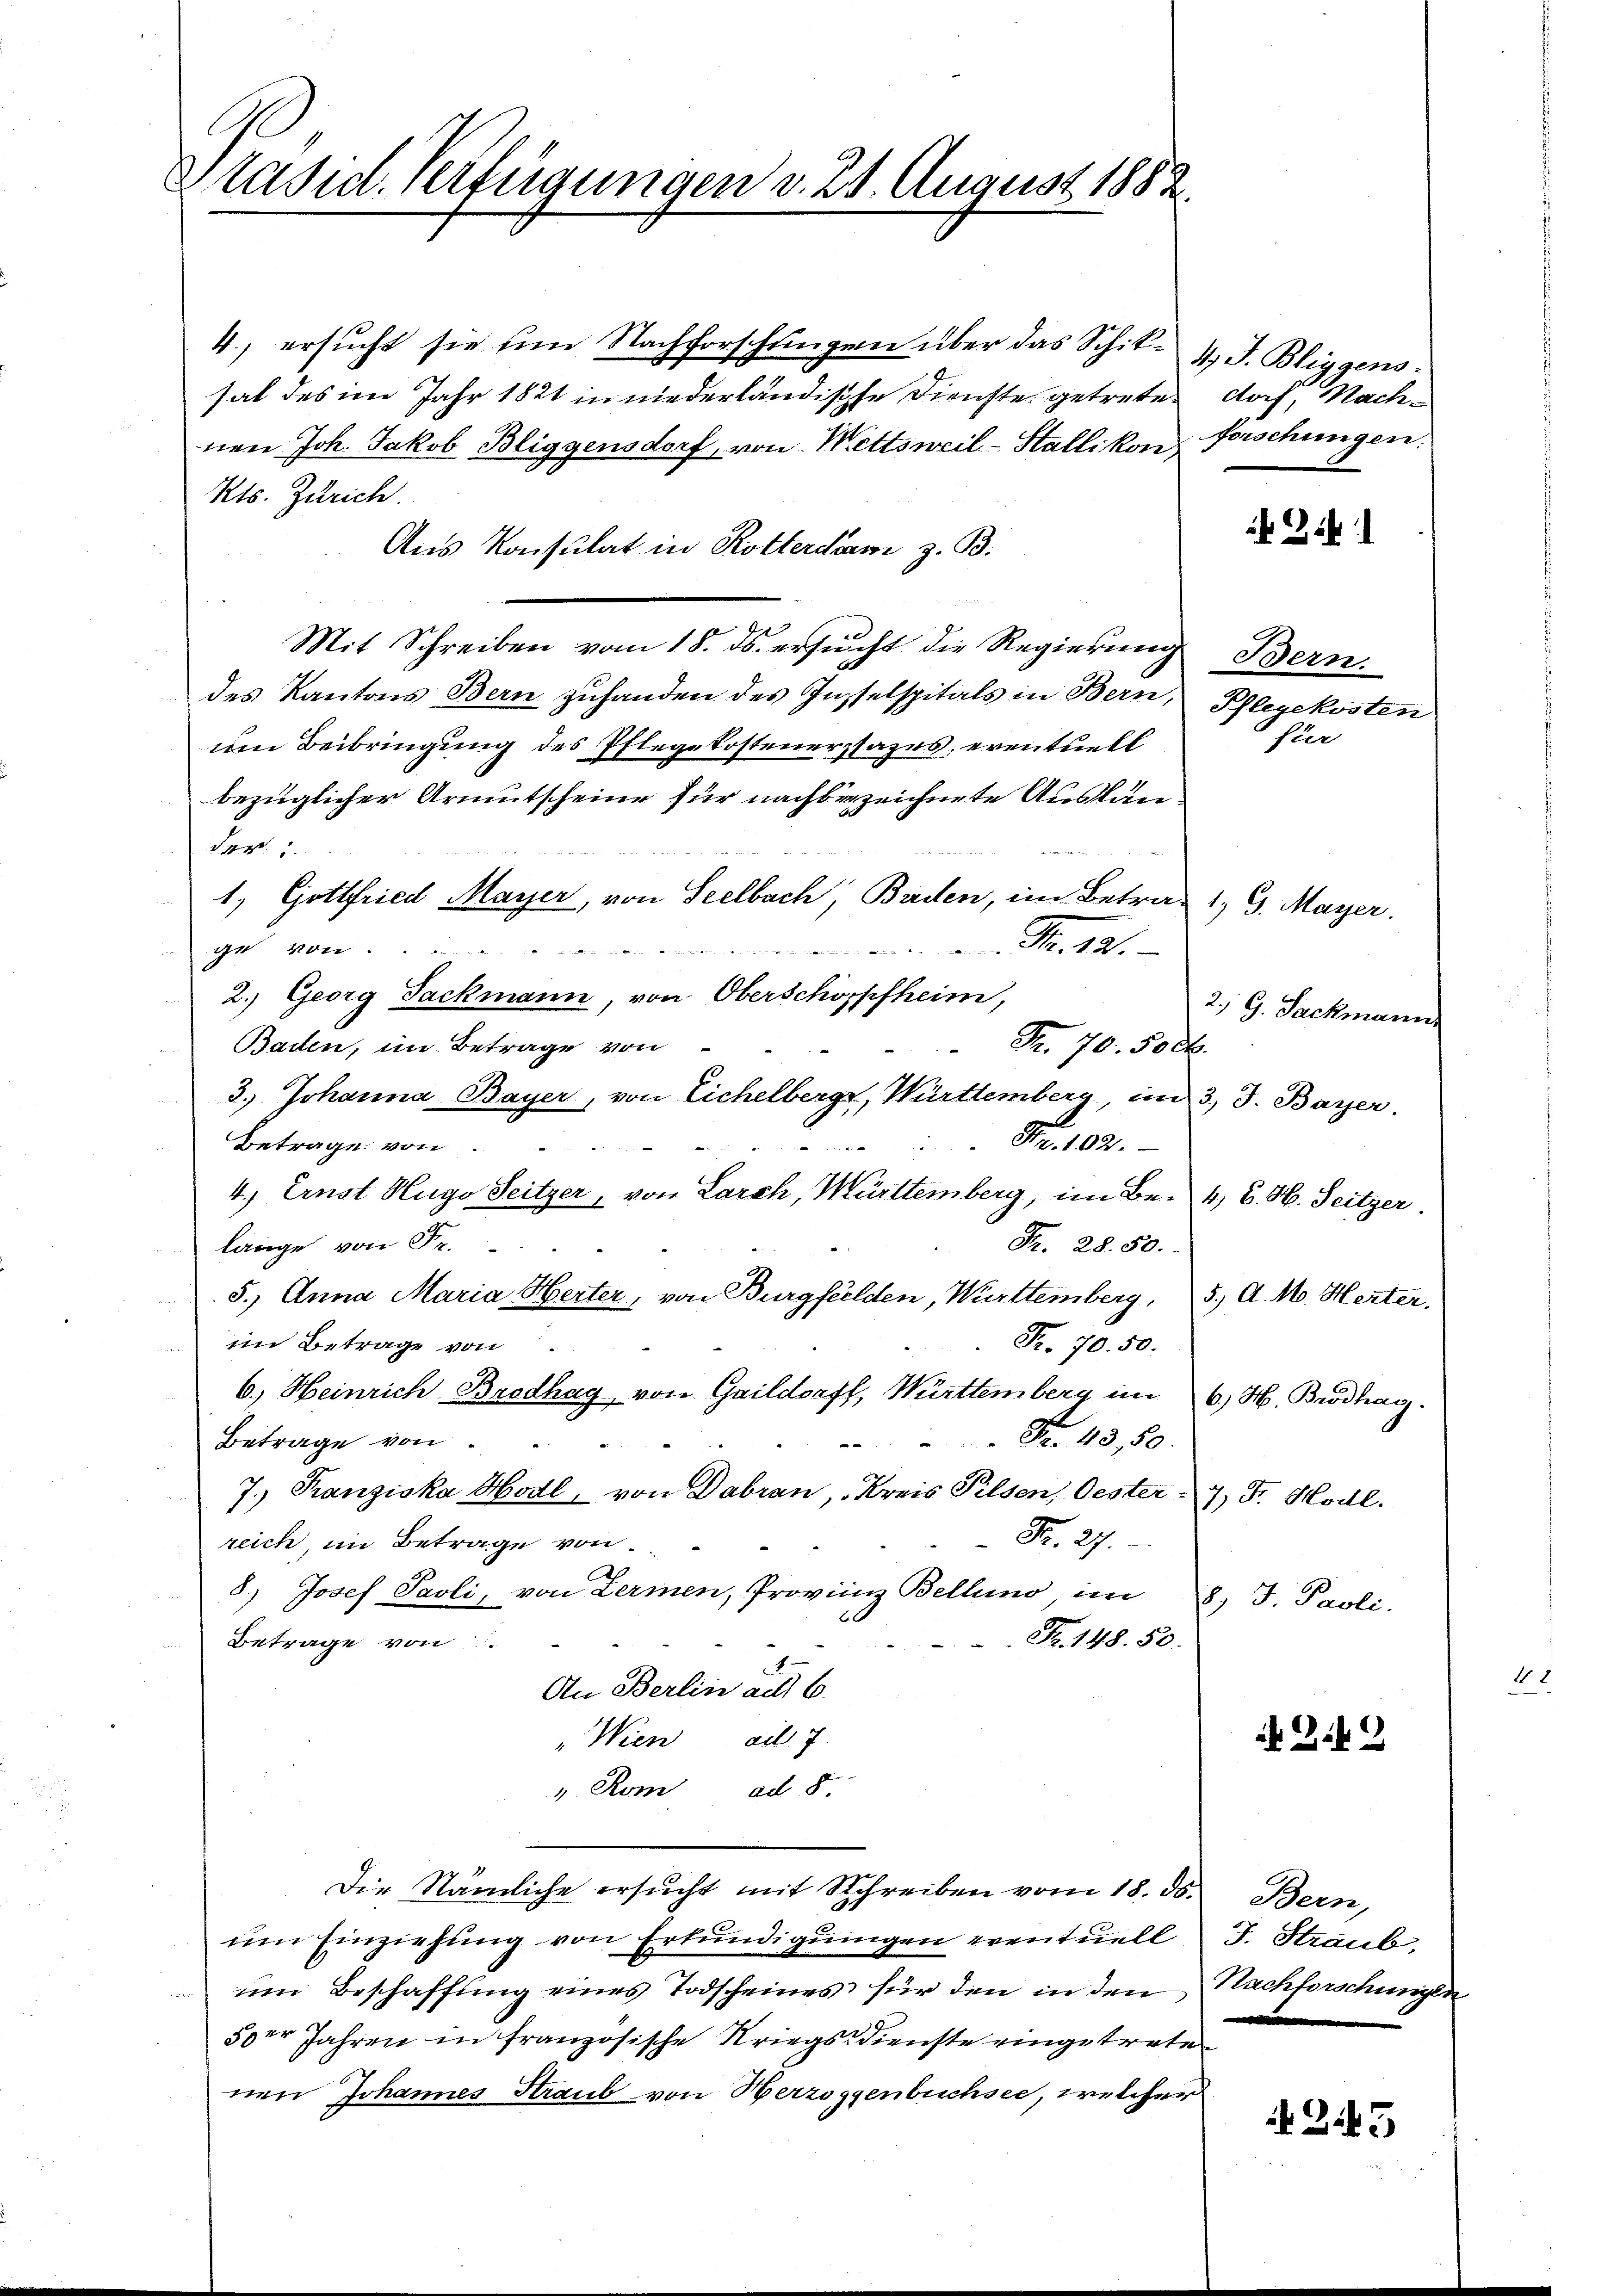
Itasid. Verfügungen v. 21. August 1882.

4., ersŭcht sie im Nachforschŭngen über das Schit- 4.) J. Bliggens-
sal des im Jahr 1821 in niederländische Dienste getreten doch, Nachnen Joh. Jakob Bliggensdorf, von Wettsweil-Hallikon Forschungen.
Kts. Zürich.
Aus Konsulat in Rotterdam z. B.
Mit Schreiben vom 18. ds. ersucht die Regierung Bern.
des Kantons Bern zuhanden des Insselspitals in Bern, Pflegekosten
um Beibringung des Pflegekostenerstages, eventuell
bezüglicher Armutscheine für nachbezeichnete Auslän¬
S. M.
1, Gottfried Mayer, von Seelbach, Baden, im Betrag 1) G. Mayer.
M. 18.
ge von
we in einer ein, dass es er die
2.) Georg Fackmann, von Oberschöppfheim,
Baden, im Betrage von
Fr. 70. 500.
3.) Johanna Bayer, von Eichelberg, Württemberg, im 3. J. Bayer.
Nr. 102.
.
Betrage von
4.) Ernst Hugo Seitzer, von Larch, Württemberg, im Be- 4, C. H. Seitzer.
lange von Fr.
Fr. 28. 50.
5.) Anna Maria Herter, von Burgfelden, Württemberg, 5. d. M. Herter,
Fr. 70. 50.
im Betrage von
6.) Heinrich Brodhag von Gaildorff, Württemberg im 6. H. Brodhag
Fr. 43,50
Betrage von
7.) Franziska Hodl, von Daran, Kreis Pilsen, Oester 7 Fr. Hodl.
Fr. 27.
reich im Betrage von
8.) Josef Paoli, von Lermen, Provinz Bellino, im 8. J. Paoli-
.
Fr. 148. 50.
Betrage von
An Berlin ad 6.
"Wien ad. 7.
" Rom ad 8.
Die Nämliche ersŭcht mit Schreiben vom 18. ds. Bern,
um Einziehung von Erkundigungen eventuell I. Straub,
ŭm Beschaffŭng eines Todscheines für den in den Nachforschungen
i
50er Jahren in französische Kriegsdienste eingetrete
nen Johannes Straub von Herzoggenbuchsee, welcher

Bi

für

2. G. Sackmann.

24

2145